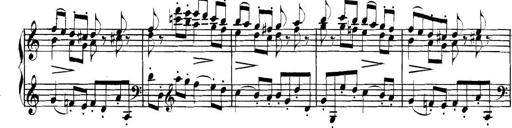
Title: Collected Piano Sonatas
Composer: Muzio Clementi